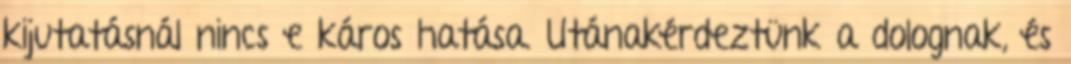
kijutatásnál nincs e káros hatása. Utánakérdeztünk a dolognak, és